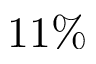
1 1 \%